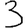
Digit: 3